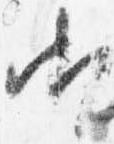
御